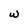
Character: w